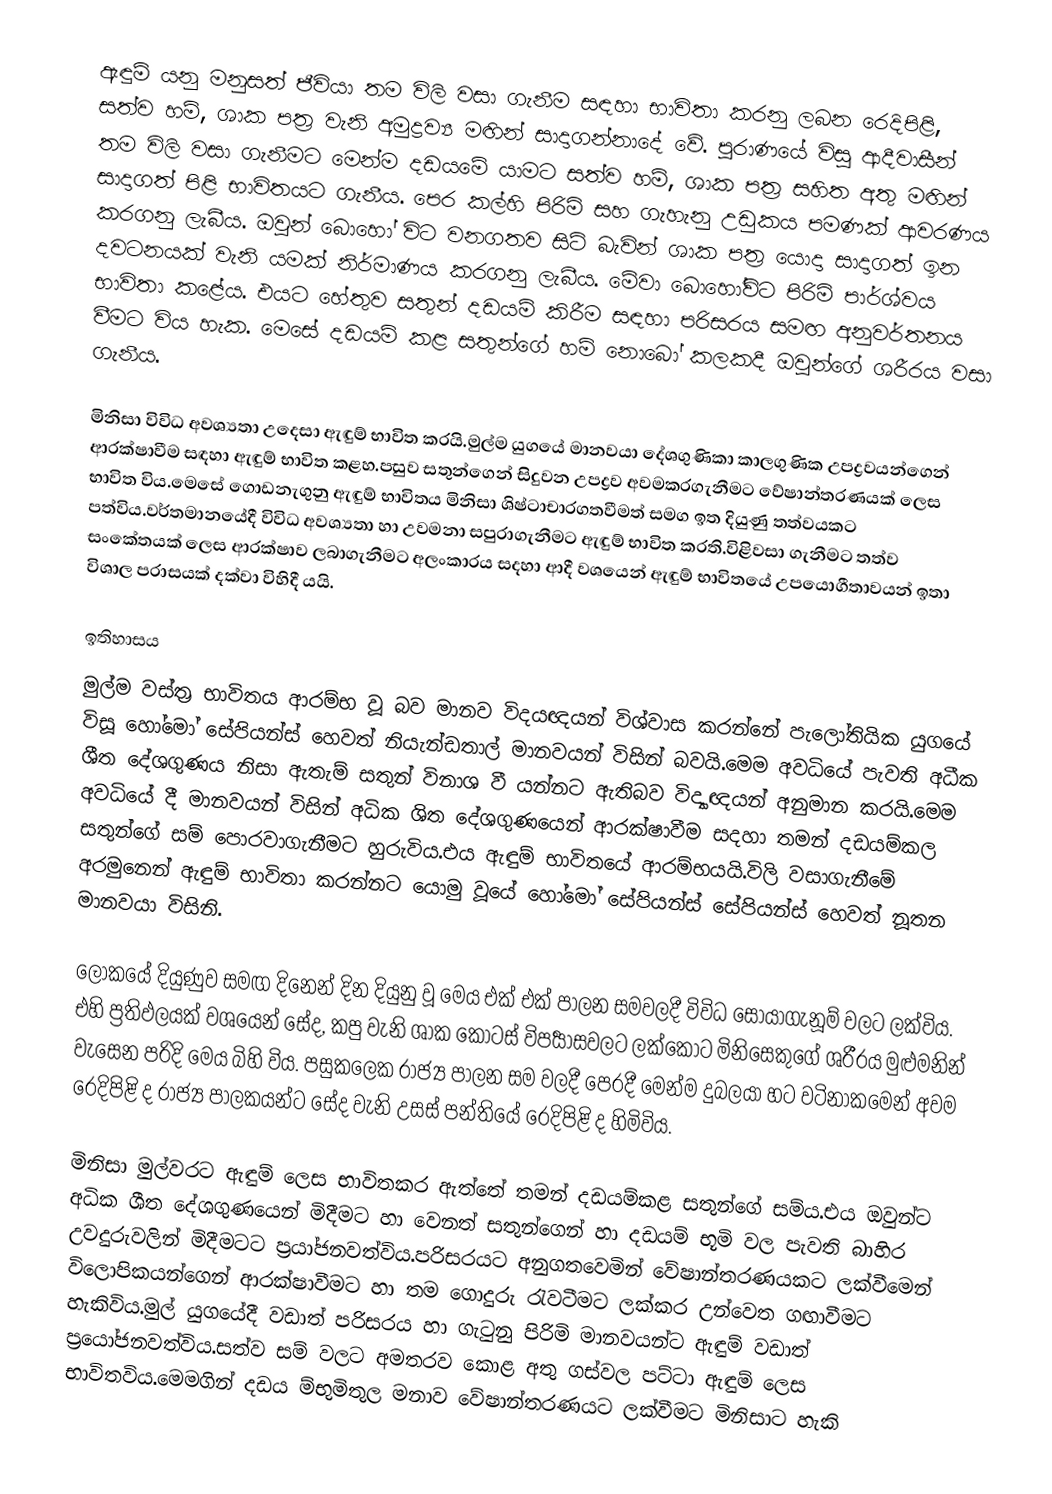
ඇඳුම් යනු මනුසත් ජීවියා තම විලි වසා ගැනීම සඳහා භාවිතා කරනු ලබන රෙදිපිළි, සත්ව හම්, ශාක පත්‍ර වැනි අමුද්‍රව්‍ය මඟින් සාදාගන්නාදේ වේ. පුරාණයේ විසූ ආදීවාසීන් තම විලි වසා ගැනීමට මෙන්ම දඩයමේ යාමට සත්ව හම්, ශාක පත්‍ර සහිත අතු මඟින් සාදාගත් පිළි භාවිතයට ගැනීය. පෙර කල්හි පිරිමි සහ ගැහැනු උඩුකය පමණක් ආවරණය කරගනු ලැබීය. ඔවුන් බොහෝ විට වනගතව සිටි බැවින් ශාක පත්‍ර යොදා සාදාගත් ඉන දවටනයක් වැනි යමක් නිර්මාණය කරගනු ලැබීය. මේවා බොහෝවිට පිරිමි පාර්ශ්වය භාවිතා කළේය. එයට හේතුව සතුන් දඩයම් කිරීම සඳහා පරිසරය සමඟ අනුවර්තනය වීමට විය හැක. මෙසේ දඩයම් කළ සතුන්ගේ හම් නොබෝ කලකදී ඔවුන්ගේ ශරීරය වසා ගැනීය.

මිනිසා විවිධ අවශ්‍යතා උදෙසා ඇඳුම් භාවිත කරයි.මුල්ම යුගයේ මානවයා දේශගුණිකා කාලගුණික උපද්‍රවයන්ගෙන් ආරක්ෂාවීම සඳහා ඇඳුම් භාවිත කළහ.පසුව සතුන්ගෙන් සිදුවන උපද්‍රව අවමකරගැනීමට වේෂාන්තරණයක් ලෙස භාවිත විය.මෙසේ ගොඩනැගුනු ඇඳුම් භාවිතය මිනිසා ශිෂ්ටාචාරගතවීමත් සමග ඉත දියුණු තත්වයකට පත්විය.වර්තමානයේදී විවිධ අවශ්‍යතා හා උවමනා සපුරාගැනීමට ඇඳුම් භාවිත කරති.විළිවසා ගැනීමට තත්ව සංකේතයක් ලෙස ආරක්ෂාව ලබාගැනීමට අලංකාරය සදහා ආදී වශයෙන් ඇඳුම් භාවිතයේ උපයොගීතාවයන් ඉතා විශාල පරාසයක් දක්වා විහිදී යයි.

ඉතිහාසය
මුල්ම වස්ත්‍ර භාවිතය ආරම්භ වූ බව මානව විදයඥයන් විශ්වාස කරන්නේ පැලෝතියික යුගයේ විසූ හෝමෝ සේපියන්ස් හෙවත් නියැන්ඩතාල්  මානවයන් විසින් බවයි.මෙම අවධියේ පැවති අධීක ශීත දේශගුණය නිසා ඇතැම් සතුන් විනාශ වී යන්නට ඇතිබව විද්‍යාඥයන් අනුමාන කරයි.මෙම අවධියේ දී මානවයන් විසින් අධික ශිත දේශගුණයෙන් ආරක්ෂාවීම සදහා තමන් දඩයම්කල සතුන්ගේ සම් පොරවාගැනීමට හුරුවිය.එය ඇඳුම් භාවිතයේ ආරම්භයයි.විලි වසාගැනීමේ අරමුනෙන් ඇඳුම් භාවිතා කරන්නට යොමු වූයේ හෝමෝ සේපියන්ස් සේපියන්ස් හෙවත් නූතන මානවයා විසිනි.

ලෝකයේ දියුණුව සමඟ දිනෙන් දින දියුනු වූ මෙය එක් එක් පාලන සමවලදී විවිධ සොයාගැනූම් වලට ලක්විය. එහි ප්‍රතිඵලයක් වශයෙන් සේද, කපු වැනි ශාක කොටස් විපර්‍යාසවලට ලක්කොට මිනිසෙකුගේ ශරීරය මුළුමනින් වැසෙන පරිදි මෙය බිහි විය. පසුකලෙක රාජ්‍ය පාලන සම වලදී පෙරදී මෙන්ම දුබලයා හට වටිනාකමෙන් අවම රෙදිපිළි ද රාජ්‍ය පාලකයන්ට සේද වැනි උසස් පන්තියේ රෙදිපිළි ද හිමිවිය.

මිනිසා මුල්වරට ඇඳුම් ලෙස භාවිතකර ඇත්තේ තමන් දඩයම්කළ සතුන්ගේ සම්ය.එය ඔවුන්ට අධික ශීත දේශගුණයෙන් මිදීමට හා වෙනත් සතුන්ගෙන් හා දඩයම් භූමි වල පැවති බාහිර උවදුරුවලින් මිදීමටට ප්‍රයා්ජනවත්විය.පරිසරයට අනුගතවෙමින් වේෂාන්තරණයකට ලක්වීමෙන් විලොපිකයන්ගෙන් ආරක්ෂාවීමට හා තම ගොදුරු රැවටීමට ලක්කර උන්වෙත ගඟාවීමට හැකිවිය.මුල් යුගයේදී වඩාත් පරිසරය හා ගැටුනු පිරිමි මානවයන්ට ඇඳුම් වඩාත් ප්‍රයෝජනවත්විය.සත්ව සම් වලට අමතරව කොළ අතු ගස්වල පට්ටා ඇඳුම් ලෙස භාවිතවිය.මෙමගින් දඩය ම්භුමිතුල මනාව වේෂාන්තරණයට ලක්වීමට මිනිසාට හැකි